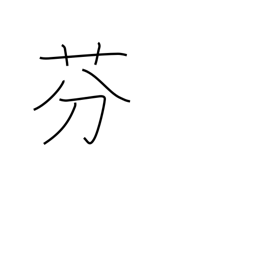
Meaning: perfume